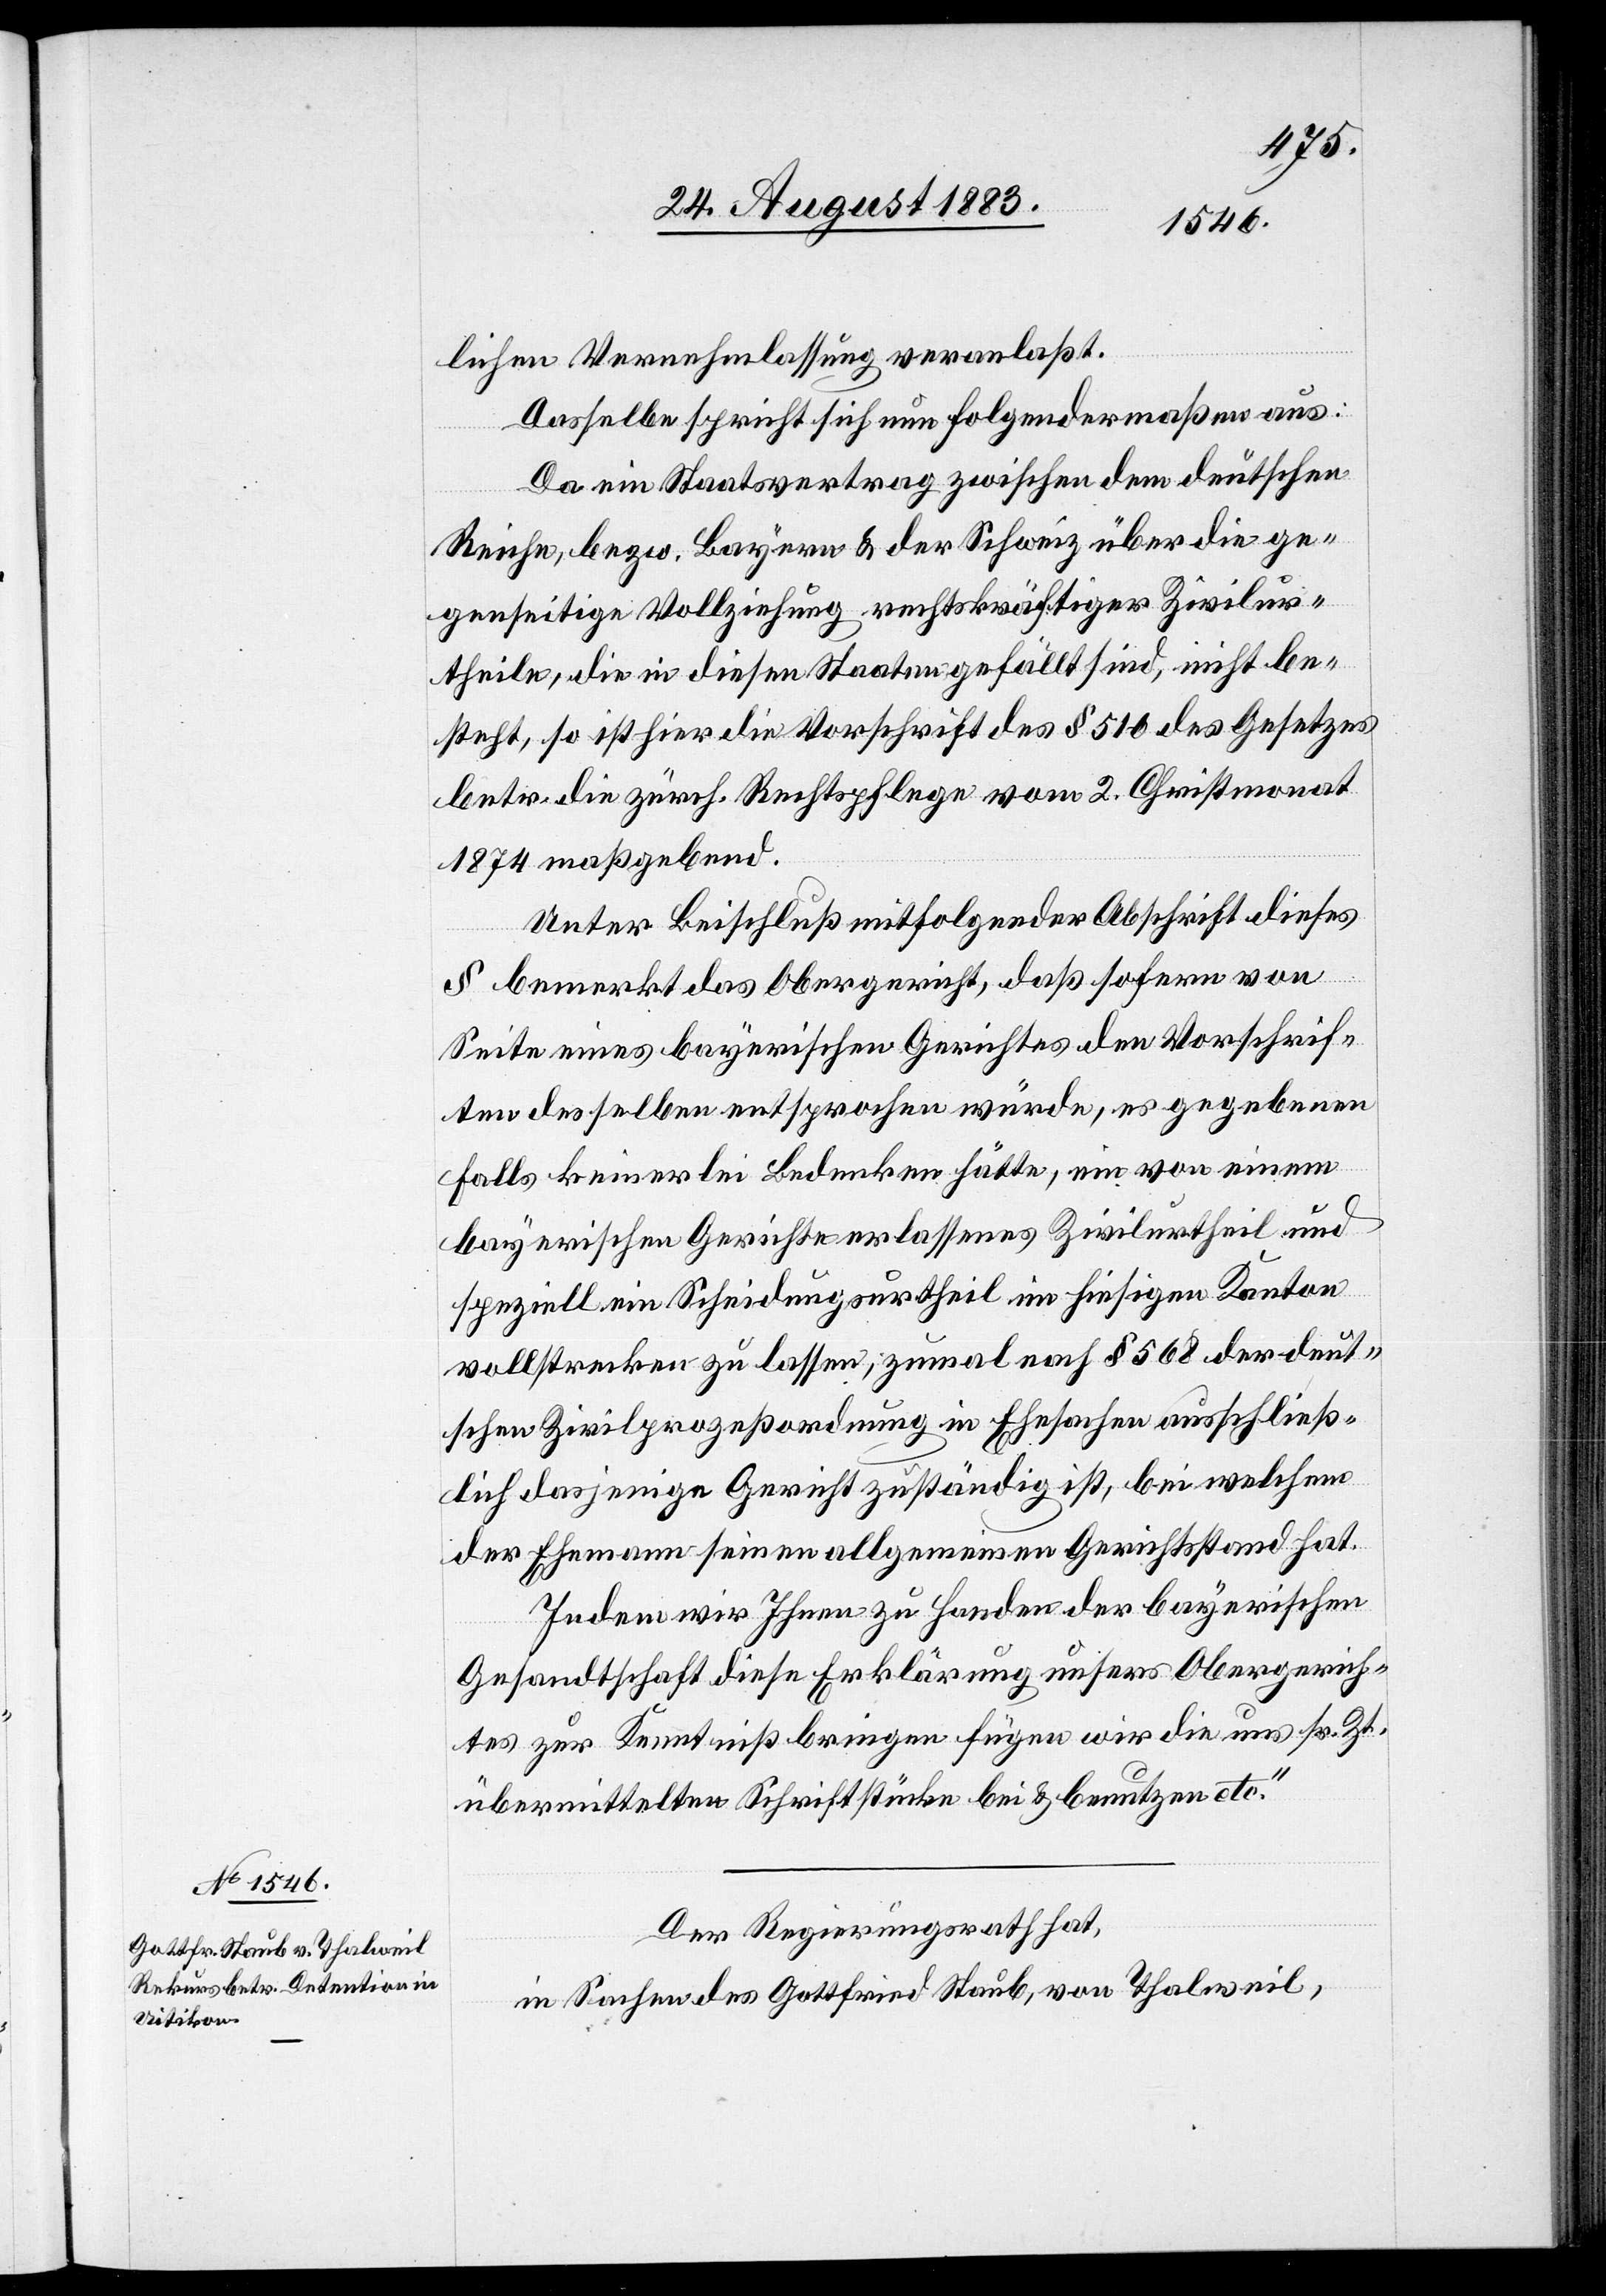
lichen Vernehmlassung veranlaßt.
Dasselbe spricht sich nun folgendermaßen aus:
Da ein Staatsvertrag zwischen dem deutschen
Reiche, bezw. Bayern & der Schweiz über die ge¬
genseitige Vollziehung rechtskräftiger Zivilur¬
theile, die in diesen Staaten gefällt sind, nicht be¬
steht, so ist hier die Vorschrift des § 510 des Gesetzes
betr. die zürch. Rechtspflege vom 2. Christmonat
1874 maßgebend.
Unter Beischluß mitfolgender Abschrift dieses
§ bemerkt das Obergericht, daß sofern von
Seite eines bayerischen Gerichtes den Vorschrif¬
ten desselben entsprochen würde, es gegebenen
Falls keinerlei Bedenken hätte, ein von einem
bayerischen Gerichte erlassenes Urtheil im
vollstrecken zu lassen, zumal nach § 568 der deut¬
schen Zivilprozeßordnung in Ehesachen ausschließ¬
lich dasjenige Gericht zuständig ist, bei welchem
der Ehemann seinen allgemeinen Gerichtsstand hat.
Indem wir Ihnen zu Handen der bayerischen
Gesandtschaft diese Erklärung unsers Obergerich¬
tes zur Kenntniß bringen fügen wir die uns sr. Zt.
übermittelten Schriftstücke bei & benutzen etc.“
Der Regierungsrath hat,
in Sachen des Gottfried Staub, von Thalweil,